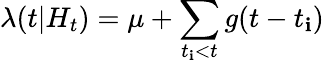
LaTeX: \lambda(t|H_{t})=\mu+\sum_{t_{\mathbf{i}}<t}g(t-t_{\mathbf{i}})